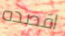
اقصده